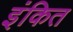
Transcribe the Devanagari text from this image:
इंकित